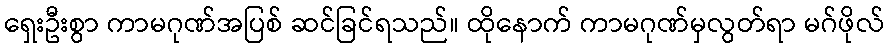
ရှေးဦးစွာ ကာမဂုဏ်အပြစ် ဆင်ခြင်ရသည်။ ထိုနောက် ကာမဂုဏ်မှလွတ်ရာ မဂ်ဖိုလ်